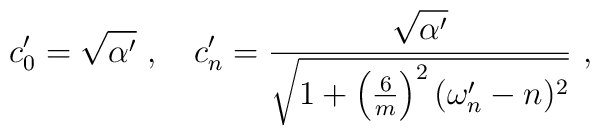
c'_0 = \sqrt{\alpha'}~,~~~c'_n = \frac{\sqrt{\alpha'}}{\sqrt{1 +           \left( \frac{6}{m} \right)^2 (\omega'_n - n)^2 } }~,